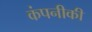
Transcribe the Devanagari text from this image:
कंपनीकी